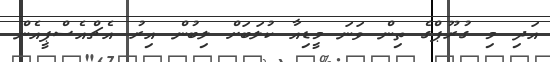
އަދި މި ގުރޫޕްގެ ތިން ވަނަ މީޑިއާ ކުލަބަށް ލިބުން އިރު އެޗްއެސްޕީއެން